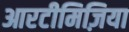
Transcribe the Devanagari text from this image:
आरटीमिज़िया